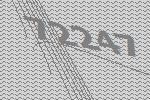
72247